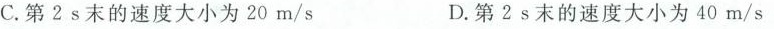
C.第2s末的速度大小为20m/s D.第2s末的速度大小为40m/s